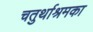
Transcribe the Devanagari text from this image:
चतुर्थाश्रमका